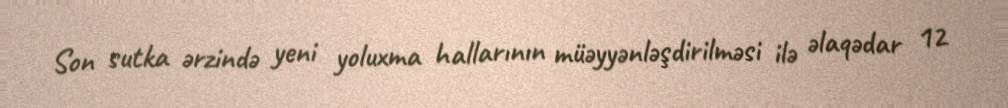
Son sutka ərzində yeni yoluxma hallarının müəyyənləşdirilməsi ilə əlaqədar 12